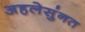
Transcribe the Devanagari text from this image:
अहलेसुंनत